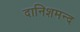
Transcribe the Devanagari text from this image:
दानिशमन्द